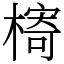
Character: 槣